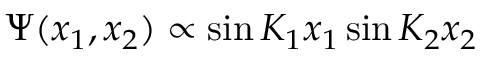
\Psi ( x _ { 1 } , x _ { 2 } ) \propto \sin K _ { 1 } x _ { 1 } \sin K _ { 2 } x _ { 2 }